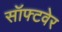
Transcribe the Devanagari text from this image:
सॉफ्‍टवेर